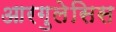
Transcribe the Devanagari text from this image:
आरगुलेसिस